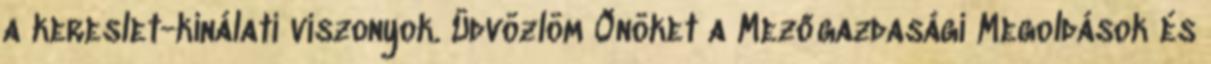
a kereslet-kínálati viszonyok. Üdvözlöm Önöket a Mezőgazdasági Megoldások és